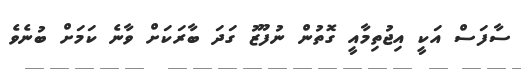
ސާފަސް އަކީ އިޖުތިމާއީ ގޮތުން ނުފޫޒު ގަދަ ބާރަކަށް ވާނެ ކަމަށް ބުނެވެ